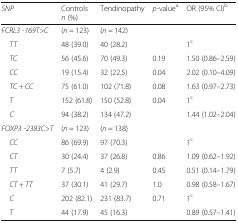
<table><thead><tr><td><b><i>SNP</i></b></td><td><b>Controls<i>n</i> (%)</b></td><td><b>Tendinopathy</b></td><td><b><i>p</i>-value<sup>a</sup></b></td><td><b>OR (95% CI)<sup>b</sup></b></td></tr></thead><tbody><tr><td><i>FCRL3 -169T&gt;C</i></td><td>(<i>n</i> = 123)</td><td>(<i>n</i> = 142)</td><td></td><td></td></tr><tr><td> <i>TT</i></td><td>48 (39.0)</td><td>40 (28.2)</td><td></td><td>1<sup>c</sup></td></tr><tr><td> <i>TC</i></td><td>56 (45.6)</td><td>70 (49.3)</td><td>0.19</td><td>1.50 (0.86–2.59)</td></tr><tr><td> <i>CC</i></td><td>19 (15.4)</td><td>32 (22.5)</td><td>0.04</td><td>2.02 (0.10–4.09)</td></tr><tr><td> <i>TC + CC</i></td><td>75 (61.0)</td><td>102 (71.8)</td><td>0.08</td><td>1.63 (0.97–2.73)</td></tr><tr><td> <i>T</i></td><td>152 (61.8)</td><td>150 (52.8)</td><td rowspan="2">0.04</td><td>1<sup>c</sup></td></tr><tr><td> <i>C</i></td><td>94 (38.2)</td><td>134 (47.2)</td><td>1.44 (1.02–2.04)</td></tr><tr><td><i>FOXP3 -2383C&gt;T</i></td><td>(<i>n</i> = 123)</td><td>(<i>n</i> = 138)</td><td></td><td></td></tr><tr><td> <i>CC</i></td><td>86 (69.9)</td><td>97 (70.3)</td><td></td><td>1<sup>c</sup></td></tr><tr><td> <i>CT</i></td><td>30 (24.4)</td><td>37 (26.8)</td><td>0.86</td><td>1.09 (0.62–1.92)</td></tr><tr><td> <i>TT</i></td><td>7 (5.7)</td><td>4 (2.9)</td><td>0.45</td><td>0.51 (0.14–1.79)</td></tr><tr><td> <i>CT + TT</i></td><td>37 (30.1)</td><td>41 (29.7)</td><td>1.0</td><td>0.98 (0.58–1.67)</td></tr><tr><td> <i>C</i></td><td>202 (82.1)</td><td>231 (83.7)</td><td rowspan="2">0.71</td><td>1<sup>c</sup></td></tr><tr><td> <i>T</i></td><td>44 (17.9)</td><td>45 (16.3)</td><td>0.89 (0.57–1.41)</td></tr></tbody></table>